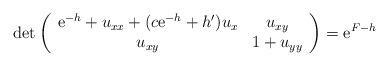
LaTeX: \begin{align*}\det\left(\begin{array}{cc}{\rm e}^{-h}+ u_{xx}+(c{\rm e}^{-h}+h')u_{x} & u_{xy}\\ u_{xy} & 1+u_{yy}\end{array}\right)={\rm e}^{F-h}\end{align*}